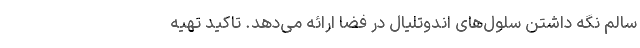
سالم نگه داشتن سلول‌های اندوتلیال در فضا ارائه می‌دهد. تاکید تهیه